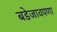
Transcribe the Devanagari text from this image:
बडेजावपणा